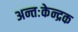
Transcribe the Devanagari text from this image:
अन्तःकेन्द्रक